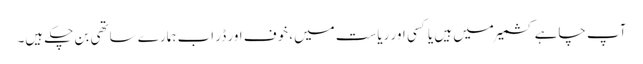
آپ چاہے کشمیر میں ہیں یا کسی اور ریاست میں، خوف اور ڈر اب ہمارے ساتھی بن چکے ہیں۔